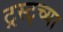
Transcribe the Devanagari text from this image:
ट्रस्ट्च्या